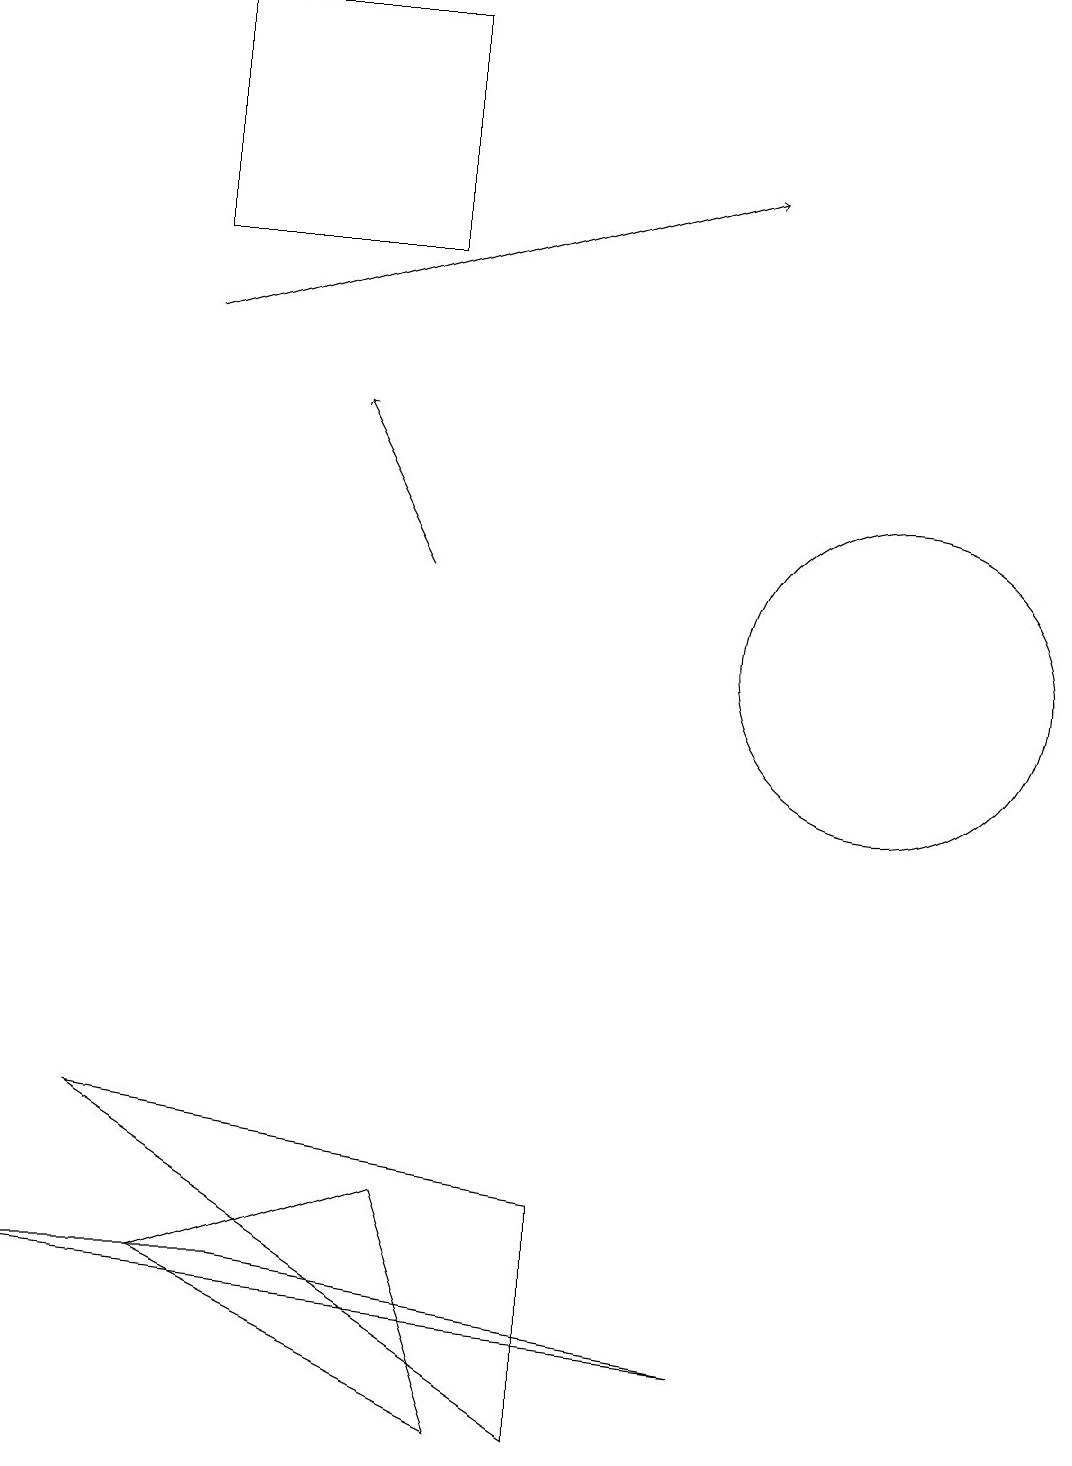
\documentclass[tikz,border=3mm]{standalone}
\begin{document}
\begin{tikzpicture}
\draw (0,2) -- (3,2) -- (9,1) -- cycle;
\draw[->] (2,14) -- (9,16);
\draw (11,10) circle (2);
\draw (7,3) -- (7,0) -- (1,4) -- cycle;
\draw[->] (5,11) -- (4,13);
\draw (5,3) -- (2,2) -- (6,0) -- cycle;
\draw (2,15) rectangle (5,18);
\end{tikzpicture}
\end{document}